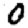
Digit: 0